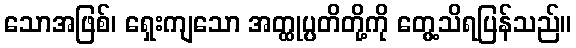
သောအဖြစ်၊ ရှေးကျသော အတ္ထုပ္ပတိတို့ကို တွေ့သိရပြန်သည်။